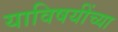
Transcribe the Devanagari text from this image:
याविषयींच्या